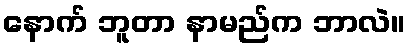
နောက် ဘူတာ နာမည်က ဘာလဲ။